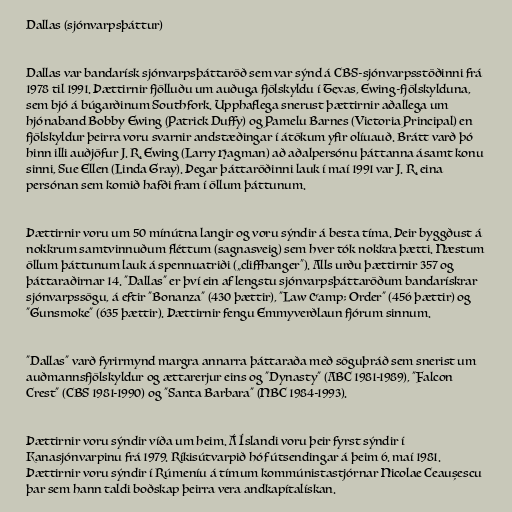
Dallas (sjónvarpsþáttur)

Dallas var bandarísk sjónvarpsþáttaröð sem var sýnd á CBS-sjónvarpsstöðinni frá
1978 til 1991. Þættirnir fjölluðu um auðuga fjölskyldu í Texas, Ewing-fjölskylduna,
sem bjó á búgarðinum Southfork. Upphaflega snerust þættirnir aðallega um
hjónaband Bobby Ewing (Patrick Duffy) og Pamelu Barnes (Victoria Principal) en
fjölskyldur þeirra voru svarnir andstæðingar í átökum yfir olíuauð. Brátt varð þó
hinn illi auðjöfur J. R. Ewing (Larry Hagman) að aðalpersónu þáttanna ásamt konu
sinni, Sue Ellen (Linda Gray). Þegar þáttaröðinni lauk í maí 1991 var J. R. eina
persónan sem komið hafði fram í öllum þáttunum.

Þættirnir voru um 50 mínútna langir og voru sýndir á besta tíma. Þeir byggðust á
nokkrum samtvinnuðum fléttum (sagnasveig) sem hver tók nokkra þætti. Næstum
öllum þáttunum lauk á spennuatriði („cliffhanger“). Alls urðu þættirnir 357 og
þáttaraðirnar 14. "Dallas" er því ein af lengstu sjónvarpsþáttaröðum bandarískrar
sjónvarpssögu, á eftir "Bonanza" (430 þættir), "Law &amp; Order" (456 þættir) og
"Gunsmoke" (635 þættir). Þættirnir fengu Emmyverðlaun fjórum sinnum.

"Dallas" varð fyrirmynd margra annarra þáttaraða með söguþráð sem snerist um
auðmannsfjölskyldur og ættarerjur eins og "Dynasty" (ABC 1981-1989), "Falcon
Crest" (CBS 1981-1990) og "Santa Barbara" (NBC 1984-1993).

Þættirnir voru sýndir víða um heim. Á Íslandi voru þeir fyrst sýndir í
Kanasjónvarpinu frá 1979. Ríkisútvarpið hóf útsendingar á þeim 6. maí 1981.
Þættirnir voru sýndir í Rúmeníu á tímum kommúnistastjórnar Nicolae Ceaușescu
þar sem hann taldi boðskap þeirra vera andkapítalískan.